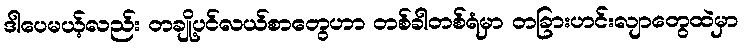
ဒါပေမယ့်လည်း တချို့ပင်လယ်စာတွေဟာ တစ်ခါတစ်ရံမှာ တခြားဟင်းလျာတွေထဲမှာ